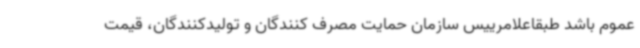
عموم باشد طبقاعلامرییس سازمان حمایت مصرف کنندگان و تولیدکنندگان، قیمت